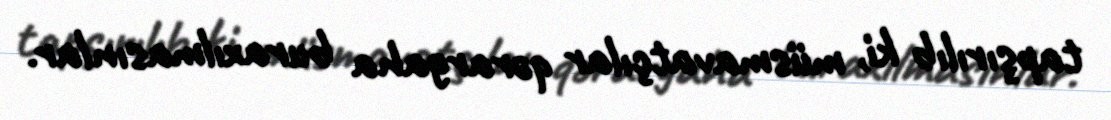
tapşırılıb ki, müsmavatçılar qərargaha buraxılmasınlar.